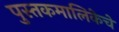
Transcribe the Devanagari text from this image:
पुस्तकमालिकेचे